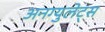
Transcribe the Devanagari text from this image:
अनग्युलेट्स